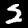
Digit: 2